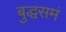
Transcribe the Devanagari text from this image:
बुद्धसमं